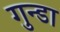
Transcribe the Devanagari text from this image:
गुन्डा